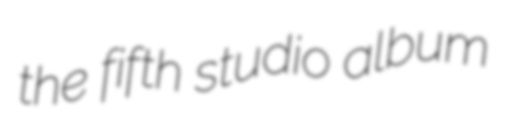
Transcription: the fifth studio album